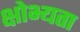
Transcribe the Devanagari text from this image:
क्षोभ्यता